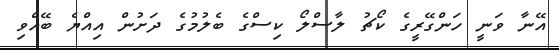
އޭނާ ވަނީ ހަންގޭރީގެ ކޯޗު ލާސްލޯ ކިސްގެ ބެލުމުގެ ދަށުން އިއްޔެ ބޭއްވި